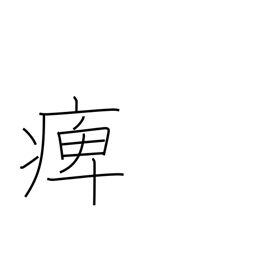
Meaning: paralysed